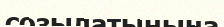
созылатынына